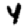
Digit: 4